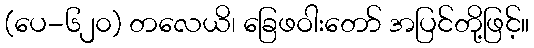
(ပေ-၆၂၀) တလေယိ၊ ခြေဖဝါးတော် အပြင်တို့ဖြင့်။